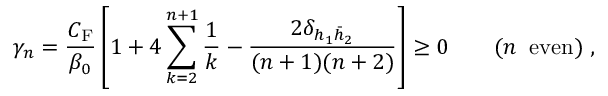
\gamma _ { n } = \frac { C _ { \mathrm { F } } } { \beta _ { 0 } } \left[ 1 + 4 \sum _ { k = 2 } ^ { n + 1 } \frac { 1 } { k } - \frac { 2 \delta _ { h _ { 1 } { \bar { h } } _ { 2 } } } { ( n + 1 ) ( n + 2 ) } \right] \geq 0 \quad \quad ( n \; \; \mathrm { e v e n } ) \; ,